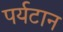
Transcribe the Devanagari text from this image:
पर्यटान